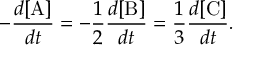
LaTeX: - { \frac { d [ \mathrm { A } ] } { d t } } = - { \frac { 1 } { 2 } } { \frac { d [ \mathrm { B } ] } { d t } } = { \frac { 1 } { 3 } } { \frac { d [ \mathrm { C } ] } { d t } } .